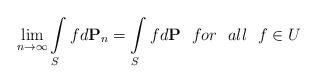
LaTeX: \begin{align*}\lim\limits_{n \rightarrow \infty} \int\limits_S f d\textbf{P}_n = \int\limits_S f d \textbf{P} \ \ for \ \ all \ \ f\in U\end{align*}